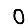
Digit: 0